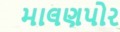
માલણપોર